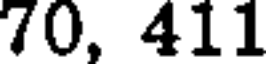
70, 411